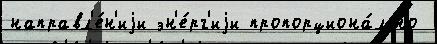
направл'е́н'иjи эн'е́рг'иjи пропорциона́льно